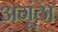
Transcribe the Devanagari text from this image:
अगूंठा